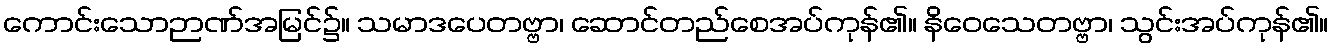
ကောင်းသောဉာဏ်အမြင်၌။ သမာဒပေတဗ္ဗာ၊ ဆောင်တည်စေအပ်ကုန်၏။ နိဝေသေတဗ္ဗာ၊ သွင်းအပ်ကုန်၏။